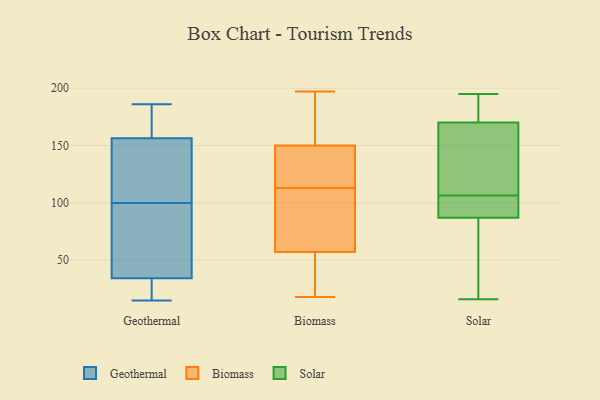
{"axis": {"x": "Backlog", "y": "Value"}, "legend": ["Biomass", "Geothermal", "Solar"], "data": [{"x": "", "y": 23, "type": "Geothermal"}, {"x": "", "y": 164, "type": "Geothermal"}, {"x": "", "y": 100, "type": "Geothermal"}, {"x": "", "y": 133, "type": "Geothermal"}, {"x": "", "y": 125, "type": "Geothermal"}, {"x": "", "y": 59, "type": "Geothermal"}, {"x": "", "y": 123, "type": "Geothermal"}, {"x": "", "y": 185, "type": "Geothermal"}, {"x": "", "y": 77, "type": "Geothermal"}, {"x": "", "y": 77, "type": "Geothermal"}, {"x": "", "y": 26, "type": "Geothermal"}, {"x": "", "y": 186, "type": "Geothermal"}, {"x": "", "y": 20, "type": "Geothermal"}, {"x": "", "y": 15, "type": "Geothermal"}, {"x": "", "y": 170, "type": "Geothermal"}, {"x": "", "y": 134, "type": "Biomass"}, {"x": "", "y": 125, "type": "Biomass"}, {"x": "", "y": 191, "type": "Biomass"}, {"x": "", "y": 113, "type": "Biomass"}, {"x": "", "y": 61, "type": "Biomass"}, {"x": "", "y": 56, "type": "Biomass"}, {"x": "", "y": 26, "type": "Biomass"}, {"x": "", "y": 150, "type": "Biomass"}, {"x": "", "y": 197, "type": "Biomass"}, {"x": "", "y": 83, "type": "Biomass"}, {"x": "", "y": 122, "type": "Biomass"}, {"x": "", "y": 169, "type": "Biomass"}, {"x": "", "y": 18, "type": "Biomass"}, {"x": "", "y": 35, "type": "Biomass"}, {"x": "", "y": 83, "type": "Biomass"}, {"x": "", "y": 95, "type": "Biomass"}, {"x": "", "y": 150, "type": "Biomass"}, {"x": "", "y": 37, "type": "Biomass"}, {"x": "", "y": 160, "type": "Biomass"}, {"x": "", "y": 98, "type": "Solar"}, {"x": "", "y": 92, "type": "Solar"}, {"x": "", "y": 195, "type": "Solar"}, {"x": "", "y": 115, "type": "Solar"}, {"x": "", "y": 170, "type": "Solar"}, {"x": "", "y": 87, "type": "Solar"}, {"x": "", "y": 18, "type": "Solar"}, {"x": "", "y": 16, "type": "Solar"}, {"x": "", "y": 164, "type": "Solar"}, {"x": "", "y": 184, "type": "Solar"}]}